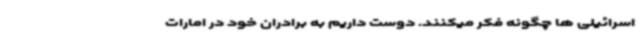
اسرائیلی ها چگونه فکر میکنند. دوست داریم به برادران خود در امارات